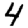
Digit: 4